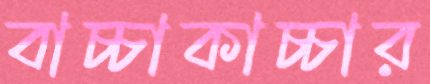
বাচ্চাকাচ্চার